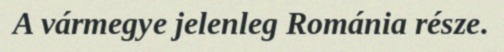
A vármegye jelenleg Románia része.